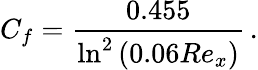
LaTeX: C_{f}=\frac{0.455}{\ln^{2}{\left(0.06Re_{x}\right)}}\, .